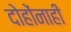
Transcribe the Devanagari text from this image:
दोहोंनाही